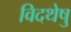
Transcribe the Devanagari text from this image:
विदथेषु